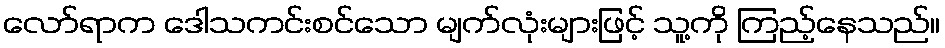
လော်ရာက ဒေါသကင်းစင်သော မျက်လုံးများဖြင့် သူ့ကို ကြည့်နေသည်။